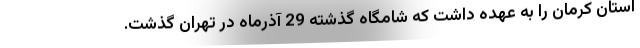
استان کرمان را به عهده داشت که شامگاه گذشته 29 آذرماه در تهران گذشت.